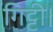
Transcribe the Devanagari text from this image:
गिट्टी।